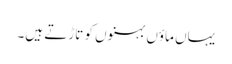
یہاں ماؤں بہنوں کو تاڑتے ہیں۔